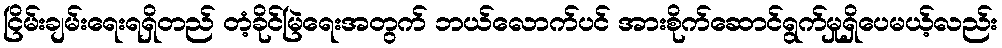
ငြိမ်းချမ်းရေးရရှိတည် တံ့ခိုင်မြဲရေးအတွက် ဘယ်လောက်ပင် အားစိုက်ဆောင်ရွက်မှုရှိပေမယ့်လည်း